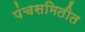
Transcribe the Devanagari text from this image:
पंचसमितीत